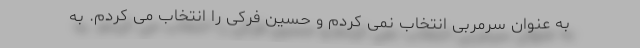
به عنوان سرمربی انتخاب نمی کردم و حسین فرکی را انتخاب می کردم. به